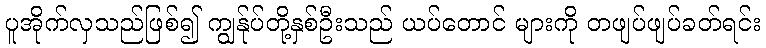
ပူအိုက်လှသည်ဖြစ်၍ ကျွန်ုပ်တို့နှစ်ဦးသည် ယပ်တောင် များကို တဖျပ်ဖျပ်ခတ်ရင်း